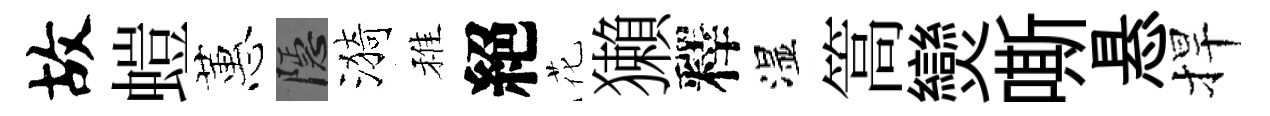
故螘蕙隱漪稚絕花獺釋湿篙𤓖嘶悬捍